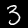
Digit: 3